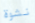
نشوة